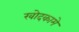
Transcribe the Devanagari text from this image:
खोदकामे